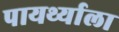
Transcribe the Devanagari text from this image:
पायर्थ्याला